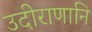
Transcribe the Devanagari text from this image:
उदीराणानि